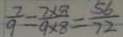
\frac { 7 } { 9 } = \frac { 7 \times 8 } { 9 \times 8 } = \frac { 5 6 } { 7 2 }